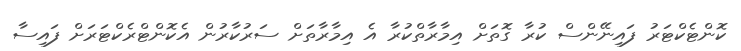
ކޮންޓެކްޓަރު ފައިނޭންސް ކުރާ ގޮތަށް އިމާރާތްކުރާ އެ އިމާރާތަށް ސަރުކާރުން އެކޮންޓްރެކްޓަރަށް ފައިސާ